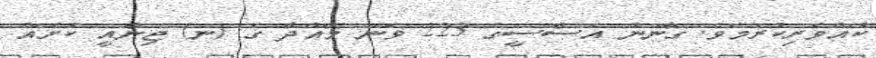
ކުއްވެރިކުރަމެވެ. ގާނޫނު އަސާސީގެ 223 ވަނަ މާއްދާ ގެ (ނ) ޖިނާއީ ކުށެއް